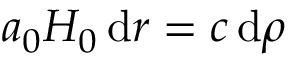
a _ { 0 } H _ { 0 } \, \mathrm { d } r = c \, \mathrm { d } \rho